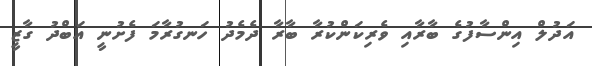
އަދުލް އިންސާފުގެ ބާރާއި ވެރިކަންކުރާ ބާރާ ދެމެދު ހަނގުރާމަ ފެށުނީ އަބްދު ގާޒީ